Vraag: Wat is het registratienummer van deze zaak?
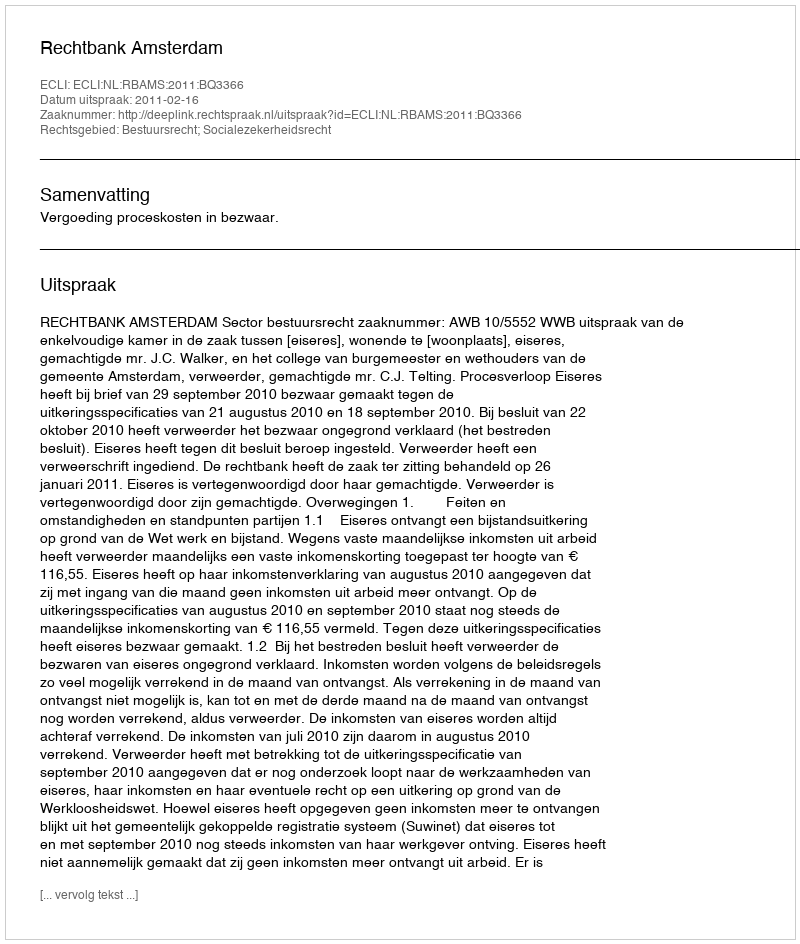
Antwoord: http://deeplink.rechtspraak.nl/uitspraak?id=ECLI:NL:RBAMS:2011:BQ3366